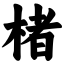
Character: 楮